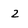
Character: 2